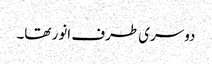
دوسری طرف انور تھا۔